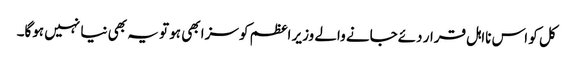
کل کو اس نااہل قرار دئےجانے والے وزیر اعظم کو سزا بھی ہو تو یہ بھی نیا نہیں ہوگا۔